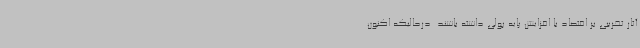
آثار تخریبی بر اقتصاد با افزایش پایه پولی داشته باشند. درحالیکه اکنون